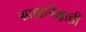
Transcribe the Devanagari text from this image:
साह्यापेक्षाही